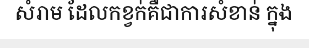
សំរាម ដែលកខ្វក់គឺជាការសំខាន់ ក្នុង